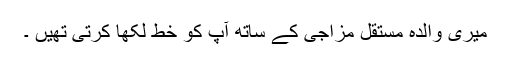
میری والدہ مستقل مزاجی کے ساتھ آپ کو خط لکھا کرتی تھیں ۔